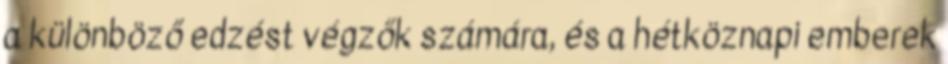
a különböző edzést végzők számára, és a hétköznapi emberek